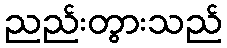
ညည်းတွားသည်